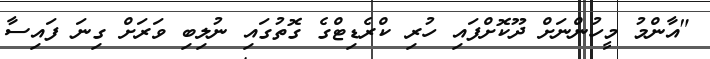
"އާންމު މީހުންނަށް ދޫކޮށްފައި ހުރި ކްރެޑިޓްގެ ގޮތުގައި ނުލިބި ވަރަށް ގިނަ ފައިސާ